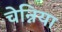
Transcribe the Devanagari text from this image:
चेन्निया